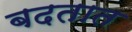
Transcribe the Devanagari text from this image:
बदतात